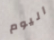
اليوم